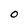
Character: O